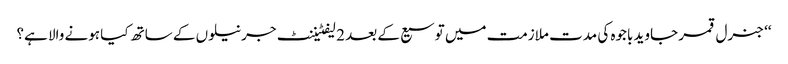
‘‘ جنرل قمر جاوید باجوہ کی مدت ملازمت میں توسیع کے بعد 2 لیفٹیننٹ جرنیلوں کے ساتھ کیا ہونے والا ہے؟